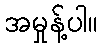
အမှုန့်ပါ။